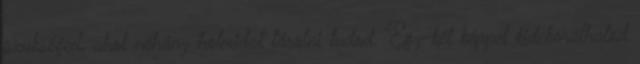
szükséged, ahol néhány holmidat tárolni tudod. Egy-két képpel kidekorálhatod